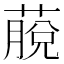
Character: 𦸍